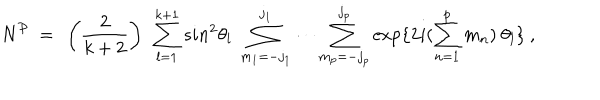
N ^ { \cal P } ~ = ~ \left( \frac { 2 } { k + 2 } \right) ~ \sum _ { l = 1 } ^ { k + 1 } s i n ^ { 2 } \theta _ { l } ~ \sum _ { m _ { 1 } = - j _ { 1 } } ^ { j _ { 1 } } \cdots \sum _ { m _ { p } = - j _ { p } } ^ { j _ { p } } \exp \{ 2 i ( \sum _ { n = 1 } ^ { p } m _ { n } ) ~ \theta _ { l } \} ~ ,